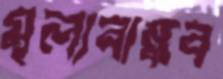
মূল্যবান্ধব